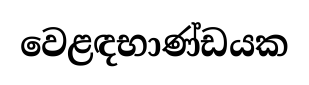
වෙළඳභාණ්ඩයක